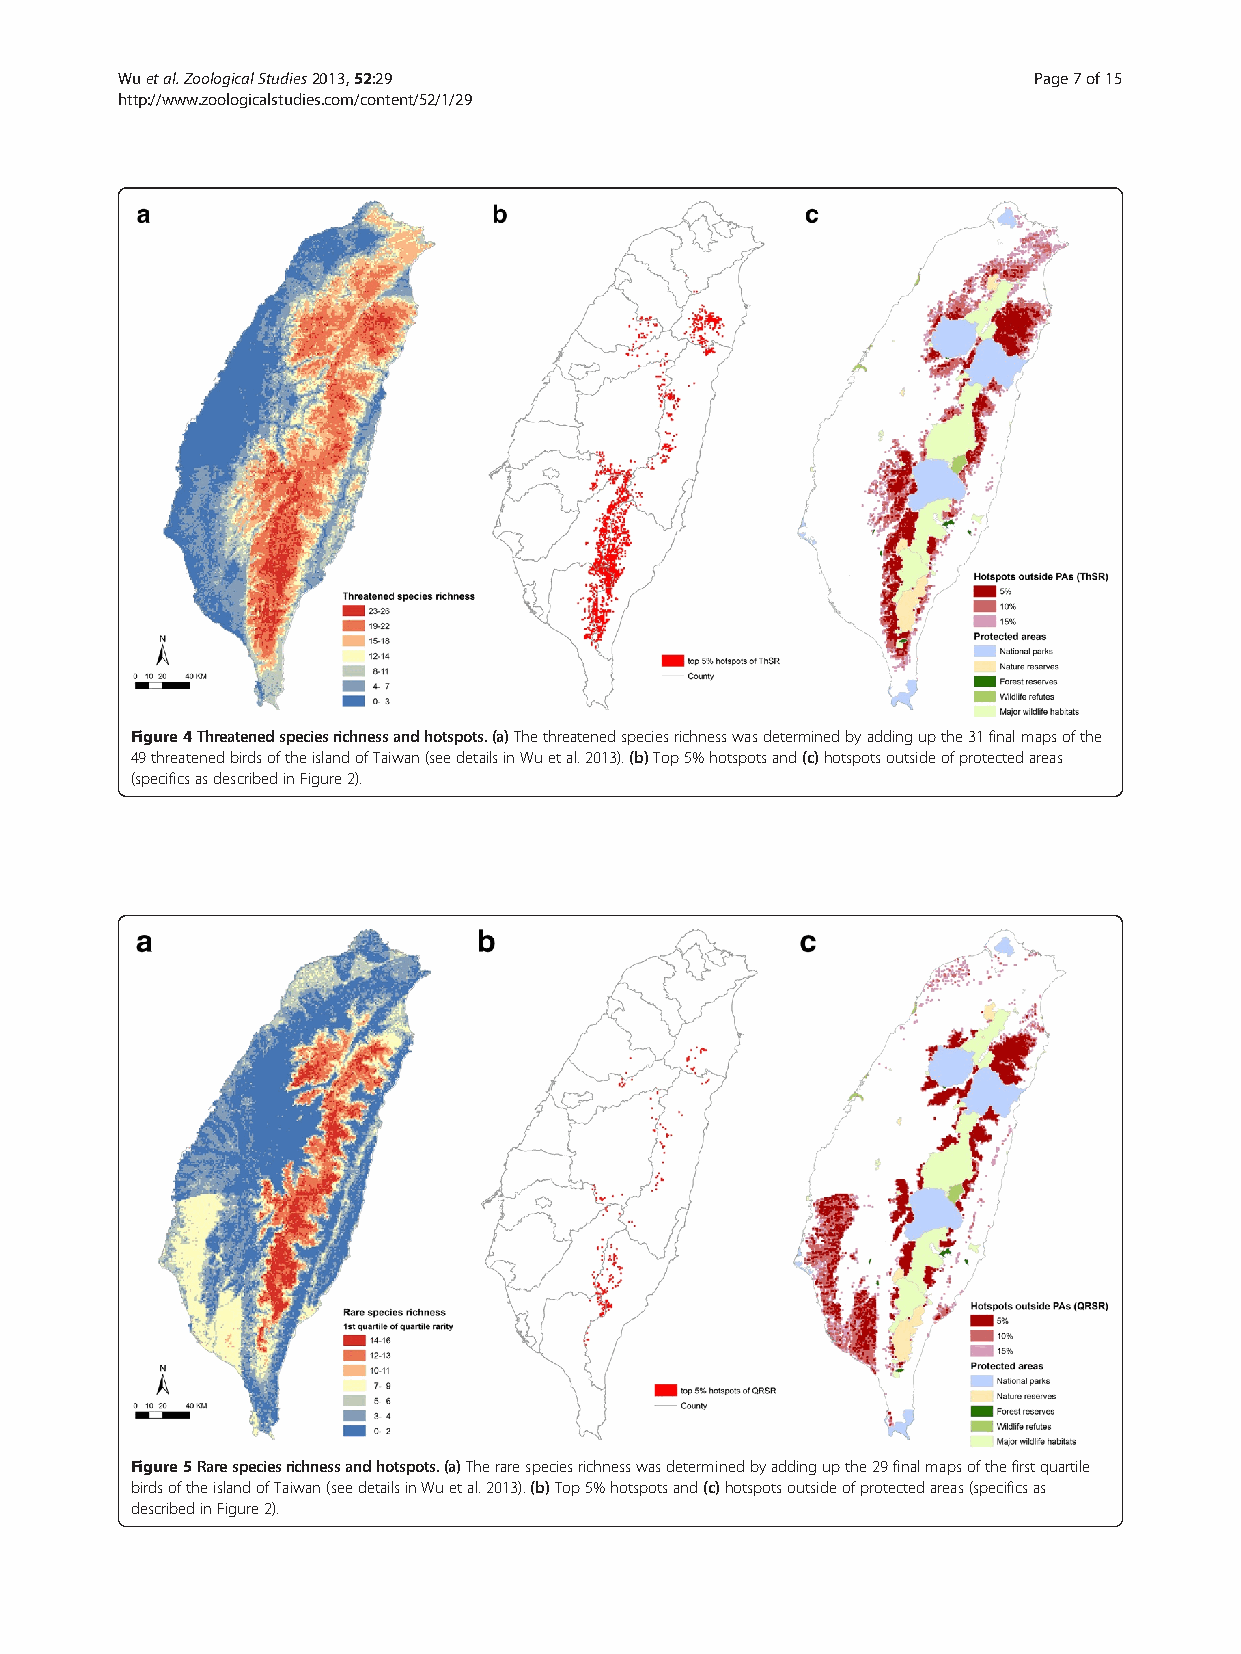
Wuetal.ZoologicalStudies2013,52:29                          Page7of15
 http://www.zoologicalstudies.com/content/52/1/29
 Figure4Threatenedspeciesrichnessandhotspots.(a)Thethreatenedspeciesrichnesswasdeterminedbyaddingupthe31finalmapsofthe
 49threatenedbirdsoftheislandofTaiwan(seedetailsinWuetal.2013).(b)Top5%hotspotsand(c)hotspotsoutsideofprotectedareas
 (specificsasdescribedinFigure2).
 Figure5Rarespeciesrichnessandhotspots.(a)Therarespeciesrichnesswasdeterminedbyaddingupthe29finalmapsofthefirstquartile
 birdsoftheislandofTaiwan(seedetailsinWuetal.2013).(b)Top5%hotspotsand(c)hotspotsoutsideofprotectedareas(specificsas
 describedinFigure2).